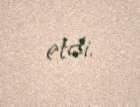
etdi.